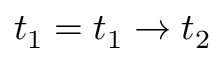
t _ { 1 } = t _ { 1 } \to t _ { 2 }